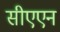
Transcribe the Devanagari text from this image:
सीएएन